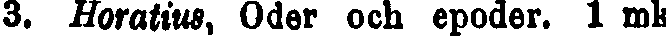
3. Horatius, Oder och epoder. 1 mk